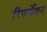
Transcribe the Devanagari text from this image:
रिफर्मेशन